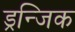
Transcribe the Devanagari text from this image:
ड्रन्जिक